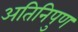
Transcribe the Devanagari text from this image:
अतिनिपुण